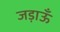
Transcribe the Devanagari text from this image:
जड़ाऊँ